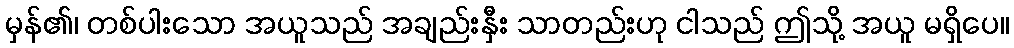
မှန်၏၊ တစ်ပါးသော အယူသည် အချည်းနှီး သာတည်းဟု ငါသည် ဤသို့ အယူ မရှိပေ။